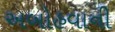
અબોહવાની